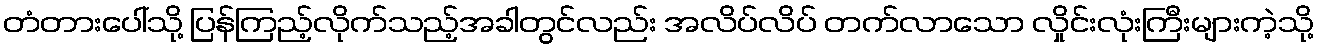
တံတားပေါ်သို့ ပြန်ကြည့်လိုက်သည့်အခါတွင်လည်း အလိပ်လိပ် တက်လာသော လှိုင်းလုံးကြီးများကဲ့သို့